Mediterranean fever in India - Number 22
Disease focus: Fever
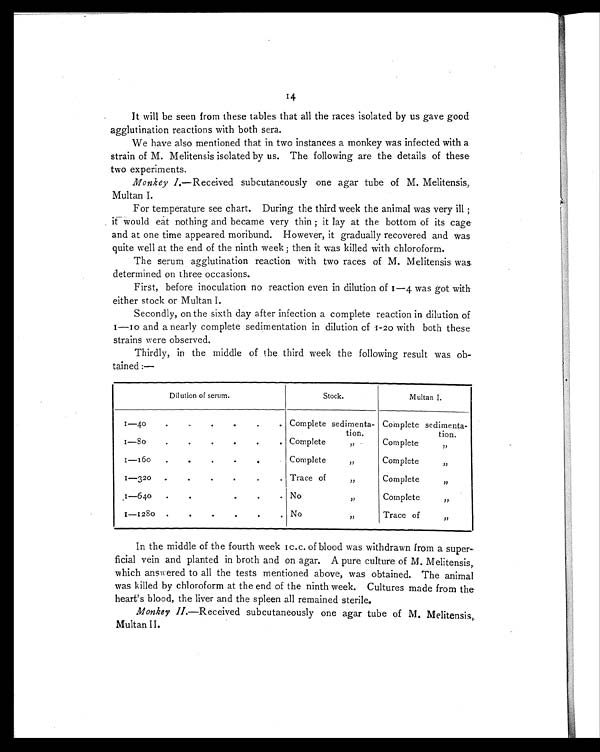
It will be seen from these tables that all the races isolated by us gave good
agglutination reactions with both sera.
We have also mentioned that in two instances a monkey was infected with a
strain of M. Melitensis isolated by us. The following are the details of these
two experiments.
Monkey I .—Received subcutaneously one agar tube of M. Melitensis,
Multan I.
For temperature see chart. During the third week the animal was very ill;
it would eat nothing and became very thin; it lay at the bottom of its cage
and at one time appeared moribund. However, it gradually recovered and was
quite well at the end of the ninth week; then it was killed with chloroform.
The serum agglutination reaction with two races of M. Melitensis was
determined on three occasions.
First, before inoculation no reaction even in dilution of 1—4 was got with
either stock or Multan I.
Secondly, on the sixth day after infection a complete reaction in dilution of
1—10 and a nearly complete sedimentation in dilution of 1-20 with both these
strains were observed.
Thirdly, in the middle of the third week the following result was ob
-tained:—
Dilution of serum.
Stock.
Multan I.
I 1—40
..
.
.
.
•
Complete sedimenta-
tion.
Complete sedimenta-
Hon.
1—80
.
. Complete ,,
Complete
1—160
.
.
.
.
Complete ,,
Complete ,,
.
. 1 — 3 2 0
- 3 2 o
. . .
.
Trace of ,,
Complete ,,
1—640.
.
. No ,,
Complete ,,
.
.
1—1280
.
a
a
No ,,
Trace of ,,
In the middle of the fourth week 1c.c. of blood was withdrawn from a super
- f i c i a l v e i n a n d p l a n t e d i n b r o t h a n d o n a g a r . A p u r e c u l t u r e o f M . M e l i t e n s i s ,
which answered to all the tests mentioned above, was obtained. The animal
was killed by chloroform at the end of the ninth week. Cultures made from the
heart's blood, the liver and the spleen all remained sterile.
Monkey II.—Received subcutaneously one agar tube of M. Melitensis,
Multan II.